Civil Veterinary Department. Madras. Admin. report 1926-33 - 1926-1933
Year: 1926
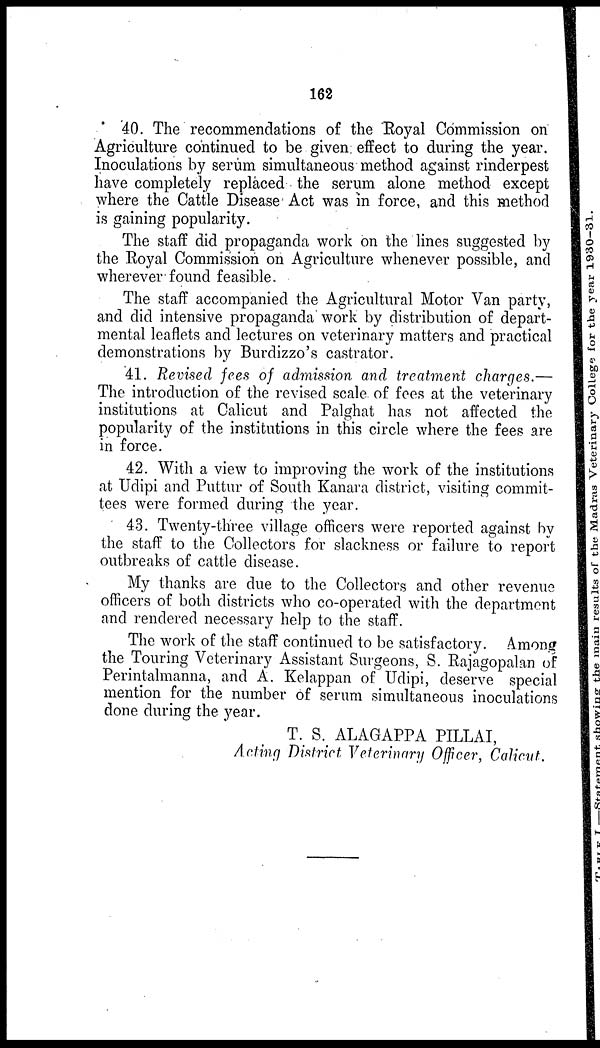
162
40. The recommendations of the Royal Commission on
Agriculture continued to be given effect to during the year.
Inoculations by serum simultaneous method against rinderpest
have completely replaced the serum alone method except
where the Cattle Disease Act was in force, and this method
is gaining popularity.
The staff did propaganda work on the lines suggested by
the Royal Commission on Agriculture whenever possible, and
wherever found feasible.
The staff accompanied the Agricultural Motor Van party,
and did intensive propaganda work by distribution of depart-
mental leaflets and lectures on veterinary matters and practical
demonstrations by Burdizzo's castrator.
41. Revised fees of admission and treatment charges.—
The introduction of the revised scale of fees at the veterinary
institutions at Calicut and Palghat has not affected the
popularity of the institutions in this circle where the fees are
in force.
42. With a view to improving the work of the institutions
at Udipi and Puttur of South Kanara district, visiting commit-
tees were formed during the year.
43. Twenty-three village officers were reported against by
the staff to the Collectors for slackness or failure to report
outbreaks of cattle disease.
My thanks are due to the Collectors and other revenue
officers of both districts who co-operated with the department
and rendered necessary help to the staff.
The work of the staff continued to be satisfactory. Among
the Touring Veterinary Assistant Surgeons, S. Rajagopalan of
Perintalmanna, and A. Kelappan of Udipi, deserve special
mention for the number of serum simultaneous inoculations
done during the year.
T. S. ALAGAPPA PILLAI,
Acting District Veterinary Officer, Calicut.